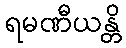
ရမဏီယန္တိ